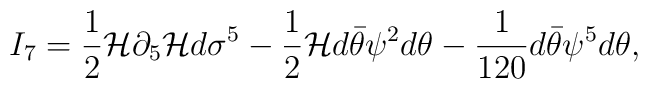
I_7 = {1\over 2} {\cal H} \partial_5 {\cal H} d \sigma^5 - {1\over 2} {\cal H}d\bar\theta \psi^2 d\theta - {1\over 120} d\bar\theta \psi^5 d\theta,